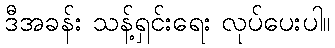
ဒီအခန်း သန့်ရှင်းရေး လုပ်ပေးပါ။